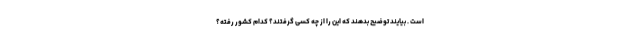
است . بیایند توضیح بدهند که این را از چه کسی گرفتند؟ کدام کشور رفته؟